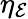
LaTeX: \eta_{\mathcal{E}}